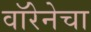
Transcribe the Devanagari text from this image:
वॉरेनेचा